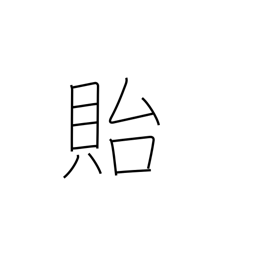
Meaning: leave behind